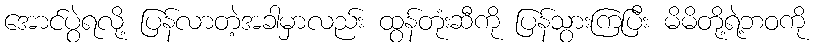
အောင်ပွဲရလို့ ပြန်လာတဲ့အခါမှာလည်း ထွန်တုံးဆီကို ပြန်သွားကြပြီး မိမိတို့ရဲ့ဘဝကို